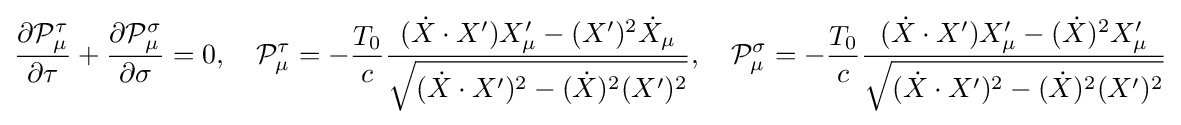
{\frac {\partial {\mathcal {P}}_{\mu }^{\tau }}{\partial \tau }}+{\frac {\partial {\mathcal {P}}_{\mu }^{\sigma }}{\partial \sigma }}=0,\quad {\mathcal {P}}_{\mu }^{\tau }=-{\frac {T_{0}}{c}}{\frac {({\dot {X}}\cdot X')X'_{\mu }-(X')^{2}{\dot {X}}_{\mu }}{\sqrt {({\dot {X}}\cdot X')^{2}-({\dot {X}})^{2}(X')^{2}}}},\quad {\mathcal {P}}_{\mu }^{\sigma }=-{\frac {T_{0}}{c}}{\frac {({\dot {X}}\cdot X')X'_{\mu }-({\dot {X}})^{2}X'_{\mu }}{\sqrt {({\dot {X}}\cdot X')^{2}-({\dot {X}})^{2}(X')^{2}}}}